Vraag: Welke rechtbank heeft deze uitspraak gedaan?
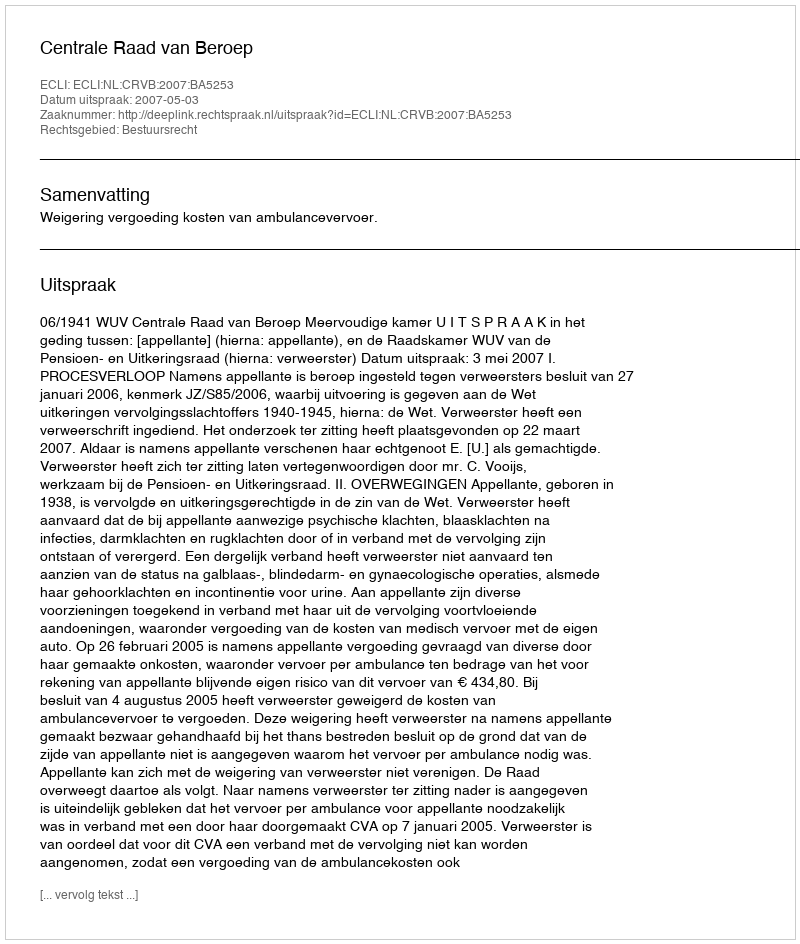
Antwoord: Centrale Raad van Beroep